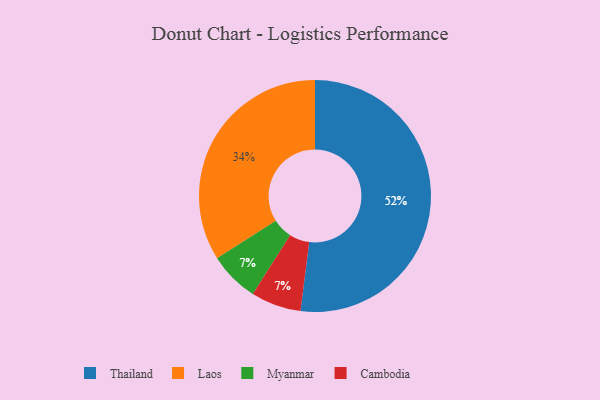
{"axis": {"x": "Category", "y": "Percentage"}, "legend": ["Cambodia", "Laos", "Myanmar", "Thailand"], "data": [{"x": "Myanmar", "y": 7, "type": "Myanmar"}, {"x": "Laos", "y": 34, "type": "Laos"}, {"x": "Cambodia", "y": 7, "type": "Cambodia"}, {"x": "Thailand", "y": 52, "type": "Thailand"}]}